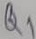
Text: Q1